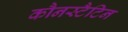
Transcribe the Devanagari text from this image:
कौनस्टैटिन